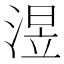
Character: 𣸭